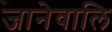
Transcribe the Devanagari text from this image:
जानेवालि